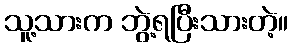
သူ့သားက ဘွဲ့ရပြီးသားတဲ့။